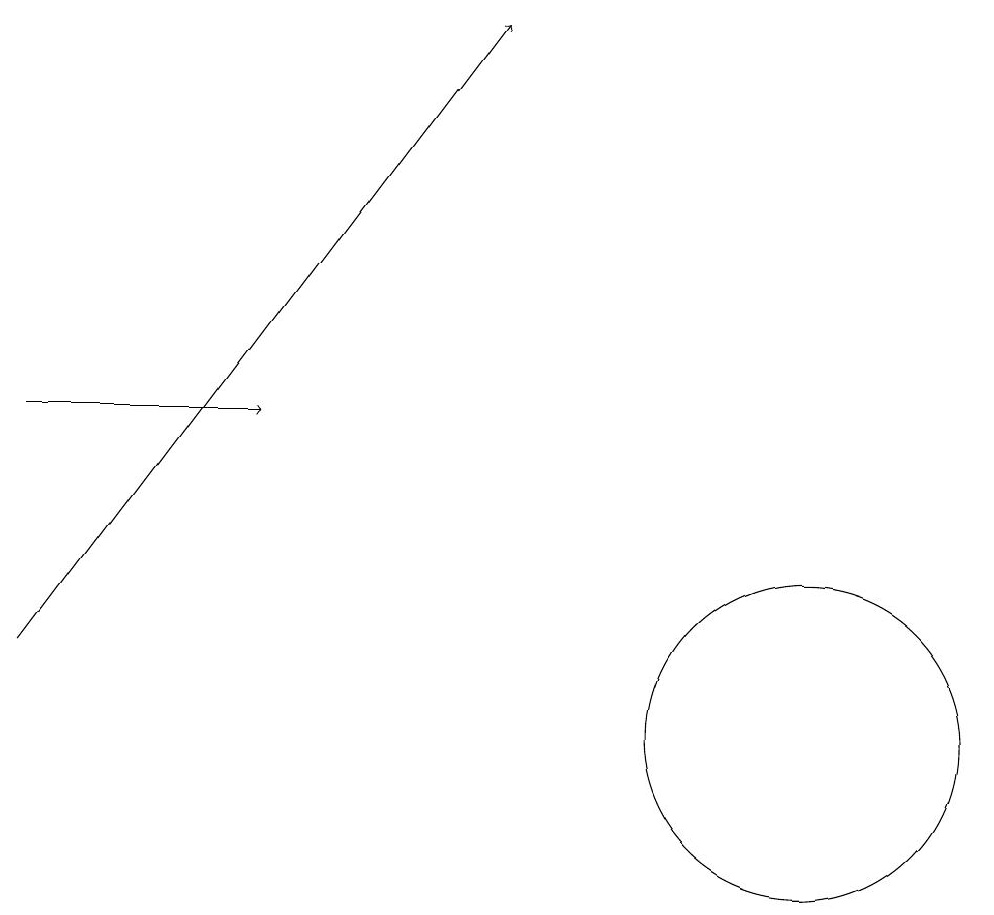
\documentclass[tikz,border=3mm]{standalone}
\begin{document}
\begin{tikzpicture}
\draw[->] (0,14) -- (3,14);
\draw (10,10) circle (2);
\draw[->] (0,11) -- (6,19);
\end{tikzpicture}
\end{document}